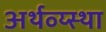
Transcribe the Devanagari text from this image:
अर्थव्य्स्था